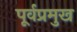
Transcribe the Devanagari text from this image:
पूर्वप्रमुख